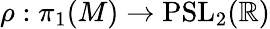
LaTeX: \rho:\pi_{1}(M)\to\mathrm{PSL}_{2}(\mathbb{R})